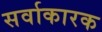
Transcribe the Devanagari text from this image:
सर्वाकारक